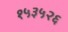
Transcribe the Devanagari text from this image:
१५३५२६